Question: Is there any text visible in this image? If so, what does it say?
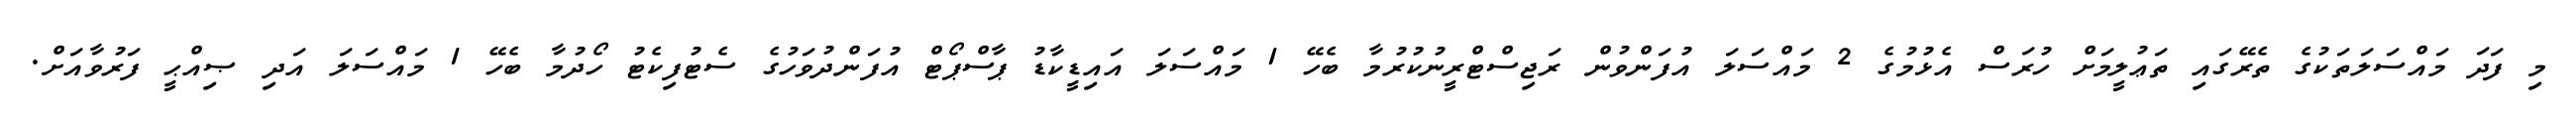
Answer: މި ފަދަ މައްސަލަތަކުގެ ތެރޭގައި ތަޢުލީމަށް ހުރަސް އެޅުމުގެ 2 މައްސަލަ އުފަންވުން ރަޖިސްޓްރީނުކުރުމާ ބެހޭ 1 މައްސަލަ އައިޑީކާޑު ޕާސްޕޯޓް އުފަންދުވަހުގެ ސެޓުފިކެޓު ހޯދުމާ ބެހޭ 1 މައްސަލަ އަދި ޞިއްޙީ ފަރުވާއަށް.